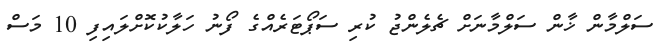
ސަލްމާން ޚާން ސަލްމާނަށް ޗެލެންޖު ކުރި ސަޕޯޓަރެއްގެ ފޯނު ހަލާކުކޮށްލައިފި 10 މަސް